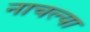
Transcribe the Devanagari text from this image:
नाचल्या